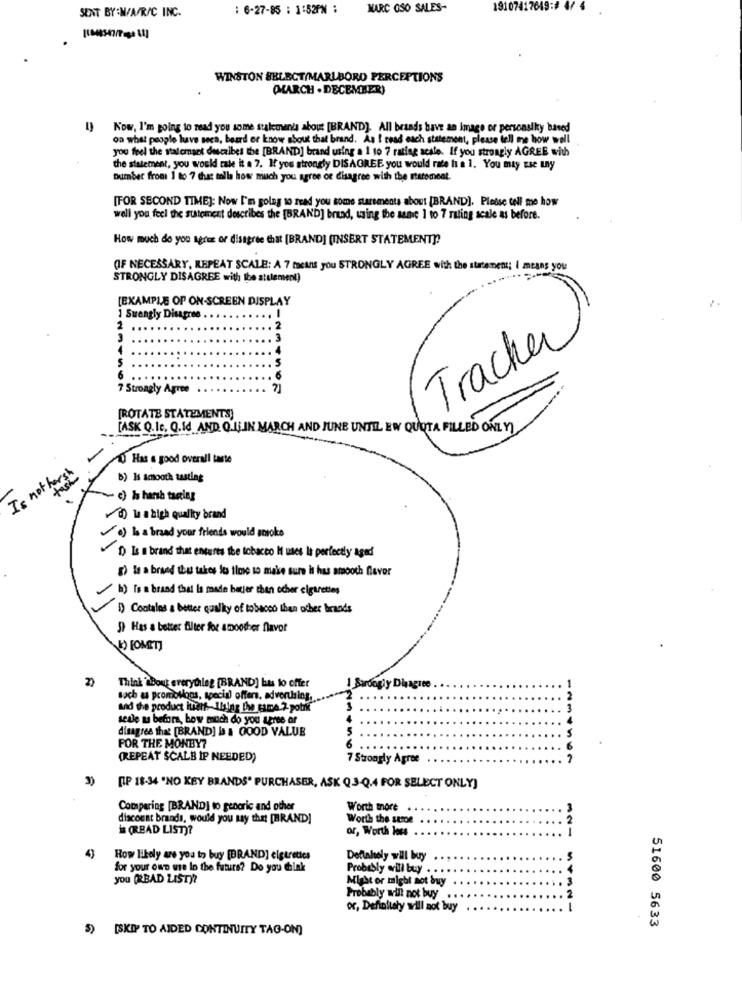
SENT BY :N/A/R/C INC.
: 6-27-85 : 1:52PM :
MARC OSO SALES-
19107417649: 4/ 4
WINSTON SELECT/MARLBORO PERCEPTIONS
(MARCH . DECEMBER)
Now, I'm going to read you some statement about [BRAND]. All brands have an Image or personalky based
on what people luve seca, beard or know about that brand. As I read each statement, please tell me how well
you feel the salemset describes the [BRAND] brand using a 1 to 7 rating scale. If you strongly AGREE with
the statement, you would cale it a 7. If you strongly DISAGREE you would rate h a 1. You may Ese Lny
Dumber from 1 to 7 chat tolla how much you agree of disagree with the statement.
[FOR SECOND TIME]: Now I'm going to read you some starements about [BRAND]. Please tell me how
well you feel the statement describes the [BRAND] brad, using the sune 1 to 7 rating scale as before.
How much do you agree or disagree that [BRAND] [INSERT STATEMENT !!
(IF NECESSARY, REPEAT SCALE: A 7 means you STRONGLY AGREE with the statement; I means you
STRONGLY DISAGREE with the statement)
[EXAMPLE OF ON-SCREEN DISPLAY
1 Suengly Disagree
-
Tracker
7 Strongly Agree
[ROTATE STATEMENTS)
[ASK Q.Ic, Q.Id AND. O.ULIN MARCH AND JUNE UNTIL EW QUOTA FILLED ONLY)
D Has & good overall taste
Is not hersh
b) Is smooth tasting
~ c) Is hansh taclag
d) la a high quality brand
a) is a brand your friends would smoke
D) La a brand that entures the tobacco I uses It perfectly aged
g) Is a brand that takes its ilese so make sure it has smooth flavor
b) To a brand that Is made barier then ocher elgurettes
1) Contalas a better quality of tobacco than other brands
3) Has a better filter for smoother flavor
b) FOMEET]
Think about everytileg [BRAND] bus to offer
1 Strongly Disagree
such as promotions, special offers, advertising,
and the product itarf-Using the game.2 potrit
sede mu before, how much do you agree or
disagree that [BRAND] Is & GOOD VALUE
S
FOR THE MONBY?
(REPEAT SCALB IP NEEDED)
7 Strongly Agree
3)
[P 18-34 "NO KEY BRANDS" PURCHASER, ASK Q 3-Q.4 FOR SELECT ONLY)
Comparing [BRAND] to generic and other
Worth more
discount brands, would you uy that [BRAND]
Worth the same
(READ LIST)?
or, Worth loss
4)
How likely are you to buy [BRAND] cigarettes
Dellahely will buy
for your own use lo the futurs? Do you think
Probably will buy . .
you (RBAD LIST)?
Might or might not buy
Probably will not buy . .
or, Definitely will not buy
51600 5633
5) [SKIP TO AIDED CONTINUITY TAG-ON]